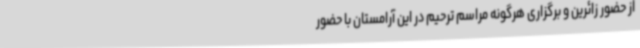
از حضور زائرین و برگزاری هرگونه مراسم ترحیم در این آرامستان با حضور